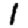
Digit: 1